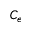
C _ { e }